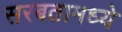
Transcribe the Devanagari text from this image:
सरबतामध्ये